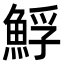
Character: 䱐